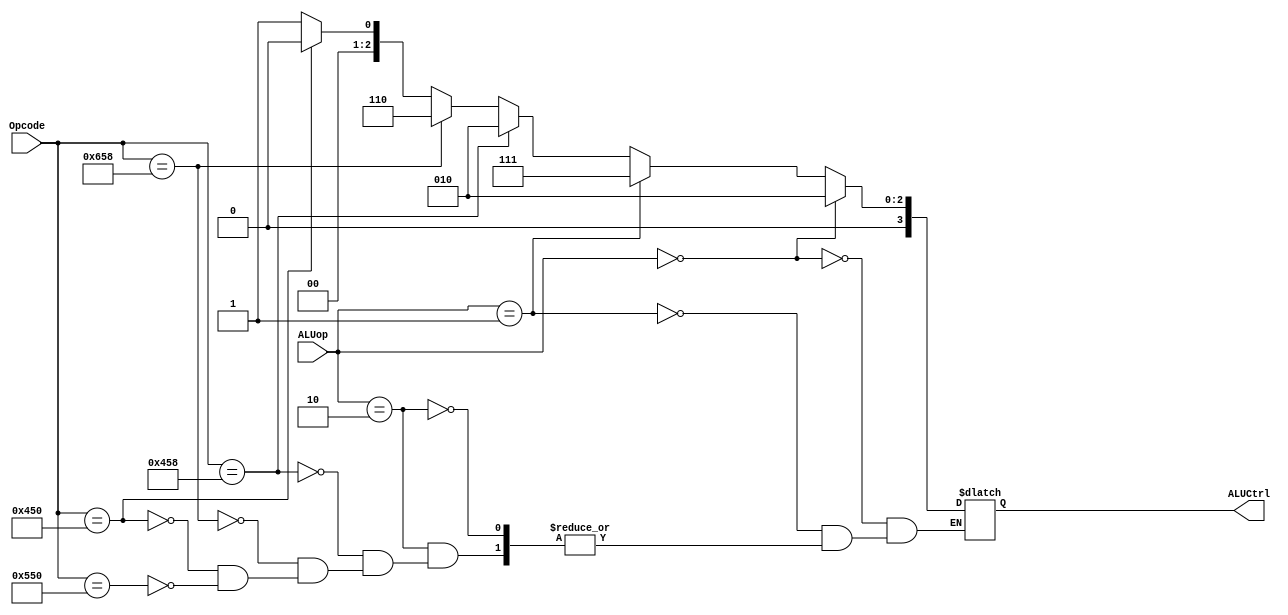
`timescale 1ns/1ps
module ALUControl(ALUCtrl, ALUop, Opcode);
     input [1:0] ALUop;
     input [10:0] Opcode;
     output reg [3:0] ALUCtrl;
     
     always@(*) begin
        if(ALUop == 2'b00)// case LDUR and STUR
        begin
            ALUCtrl <=  #2 4'b0010;
        end
        
        else if(ALUop == 2'b01)// case CBZ
        begin
            ALUCtrl <=  #2 4'b0111;
        end
        
        else if(ALUop == 2'b10)// case LDUR and STUR
        begin
            if(Opcode == 11'b10001011000)//add
            begin
                ALUCtrl <=  #2 4'b0010;
            end
            
           else if(Opcode == 11'b11001011000)//sub
            begin
                ALUCtrl <=  #2 4'b0110;
            end
            
            else if(Opcode == 11'b10001010000)//and
            begin
                ALUCtrl <=  #2 4'b0000;
            end
            
            else if(Opcode == 11'b10101010000)//or
            begin
                ALUCtrl <=  #2 4'b0001;
            end
          end
        end
endmodule